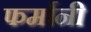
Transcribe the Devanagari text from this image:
फर्मानी